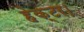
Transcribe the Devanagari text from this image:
हेक्‍टर।